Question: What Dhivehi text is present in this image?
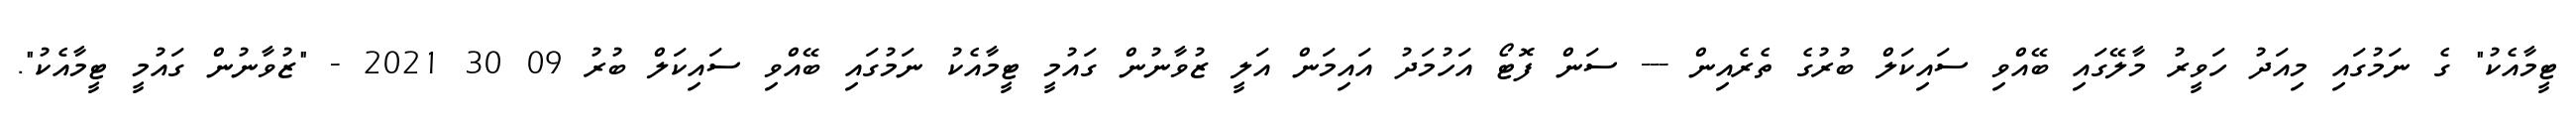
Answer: ޓީމާއެކު" ގެ ނަމުގައި މިއަދު ހަވީރު މާލޭގައި ބޭއްވި ސައިކަލް ބުރުގެ ތެރެއިން --- ސަން ފޮޓޯ އަހުމަދު އައިމަން އަލީ ޒުވާނުން ގައުމީ ޓީމާއެކު ނަމުގައި ބޭއްވި ސައިކަލް ބުރު 09 30 2021 - "ޒުވާނުން ގައުމީ ޓީމާއެކު".